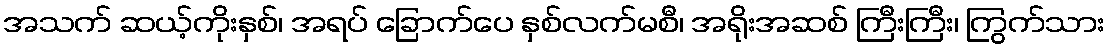
အသက် ဆယ့်ကိုးနှစ်၊ အရပ် ခြောက်ပေ နှစ်လက်မစီ၊ အရိုးအဆစ် ကြီးကြီး၊ ကြွက်သား